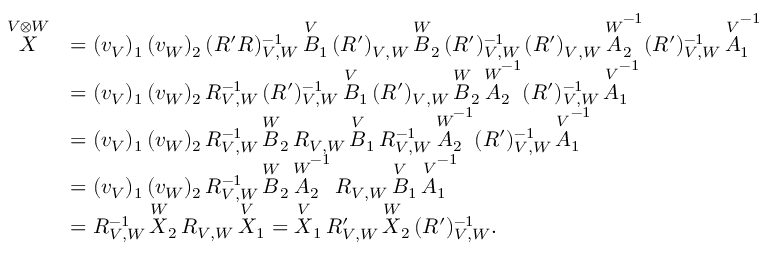
\begin{array} { r l } { \overset { V \otimes W } { X } } & { = ( v _ { V } ) _ { 1 } \, ( v _ { W } ) _ { 2 } \, ( R ^ { \prime } R ) _ { V , W } ^ { - 1 } \, \overset { V } { B } _ { 1 } \, ( R ^ { \prime } ) _ { V , W } \, \overset { W } { B } _ { 2 } \, ( R ^ { \prime } ) _ { V , W } ^ { - 1 } \, ( R ^ { \prime } ) _ { V , W } \, \overset { W } { A } _ { 2 } ^ { - 1 } ( R ^ { \prime } ) _ { V , W } ^ { - 1 } \, \overset { V } { A } _ { 1 } ^ { - 1 } } \\ & { = ( v _ { V } ) _ { 1 } \, ( v _ { W } ) _ { 2 } \, R _ { V , W } ^ { - 1 } \, ( R ^ { \prime } ) _ { V , W } ^ { - 1 } \, \overset { V } { B } _ { 1 } \, ( R ^ { \prime } ) _ { V , W } \, \overset { W } { B } _ { 2 } \, \overset { W } { A } _ { 2 } ^ { - 1 } ( R ^ { \prime } ) _ { V , W } ^ { - 1 } \, \overset { V } { A } _ { 1 } ^ { - 1 } } \\ & { = ( v _ { V } ) _ { 1 } \, ( v _ { W } ) _ { 2 } \, R _ { V , W } ^ { - 1 } \, \overset { W } { B } _ { 2 } \, R _ { V , W } \, \overset { V } { B } _ { 1 } \, R _ { V , W } ^ { - 1 } \, \overset { W } { A } _ { 2 } ^ { - 1 } ( R ^ { \prime } ) _ { V , W } ^ { - 1 } \, \overset { V } { A } _ { 1 } ^ { - 1 } } \\ & { = ( v _ { V } ) _ { 1 } \, ( v _ { W } ) _ { 2 } \, R _ { V , W } ^ { - 1 } \, \overset { W } { B } _ { 2 } \, \overset { W } { A } _ { 2 } ^ { - 1 } \, R _ { V , W } \, \overset { V } { B } _ { 1 } \, \overset { V } { A } _ { 1 } ^ { - 1 } } \\ & { = R _ { V , W } ^ { - 1 } \, \overset { W } { X } _ { 2 } \, R _ { V , W } \, \overset { V } { X } _ { 1 } = \overset { V } { X } _ { 1 } \, R _ { V , W } ^ { \prime } \, \overset { W } { X } _ { 2 } \, ( R ^ { \prime } ) _ { V , W } ^ { - 1 } . } \end{array}